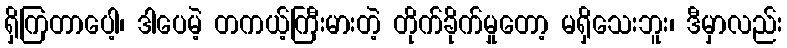
ရှိကြတာပေါ့၊ ဒါပေမဲ့ တကယ့်ကြီးမားတဲ့ တိုက်ခိုက်မှုတော့ မရှိသေးဘူး၊ ဒီမှာလည်း